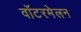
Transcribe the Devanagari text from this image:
वॉटरमेलन